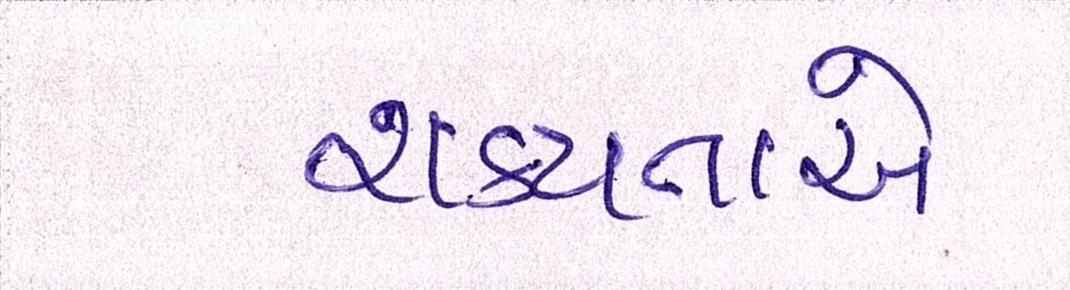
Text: શક્યતાએ